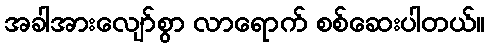
အခါအားလျော်စွာ လာရောက် စစ်ဆေးပါတယ်။